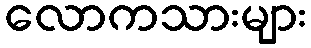
လောကသားများ